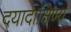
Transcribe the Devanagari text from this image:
दयादाक्षिण्य